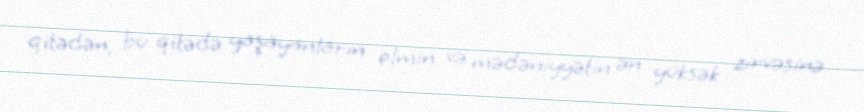
qitədən, bu qitədə yaşayanların elmin və mədəniyyətin ən yüksək zirvəsinə